342_HS1-416511228_319.1 Flying Discs 1949
Agency: Department of War
Incident date: 1/9/50
Page 59
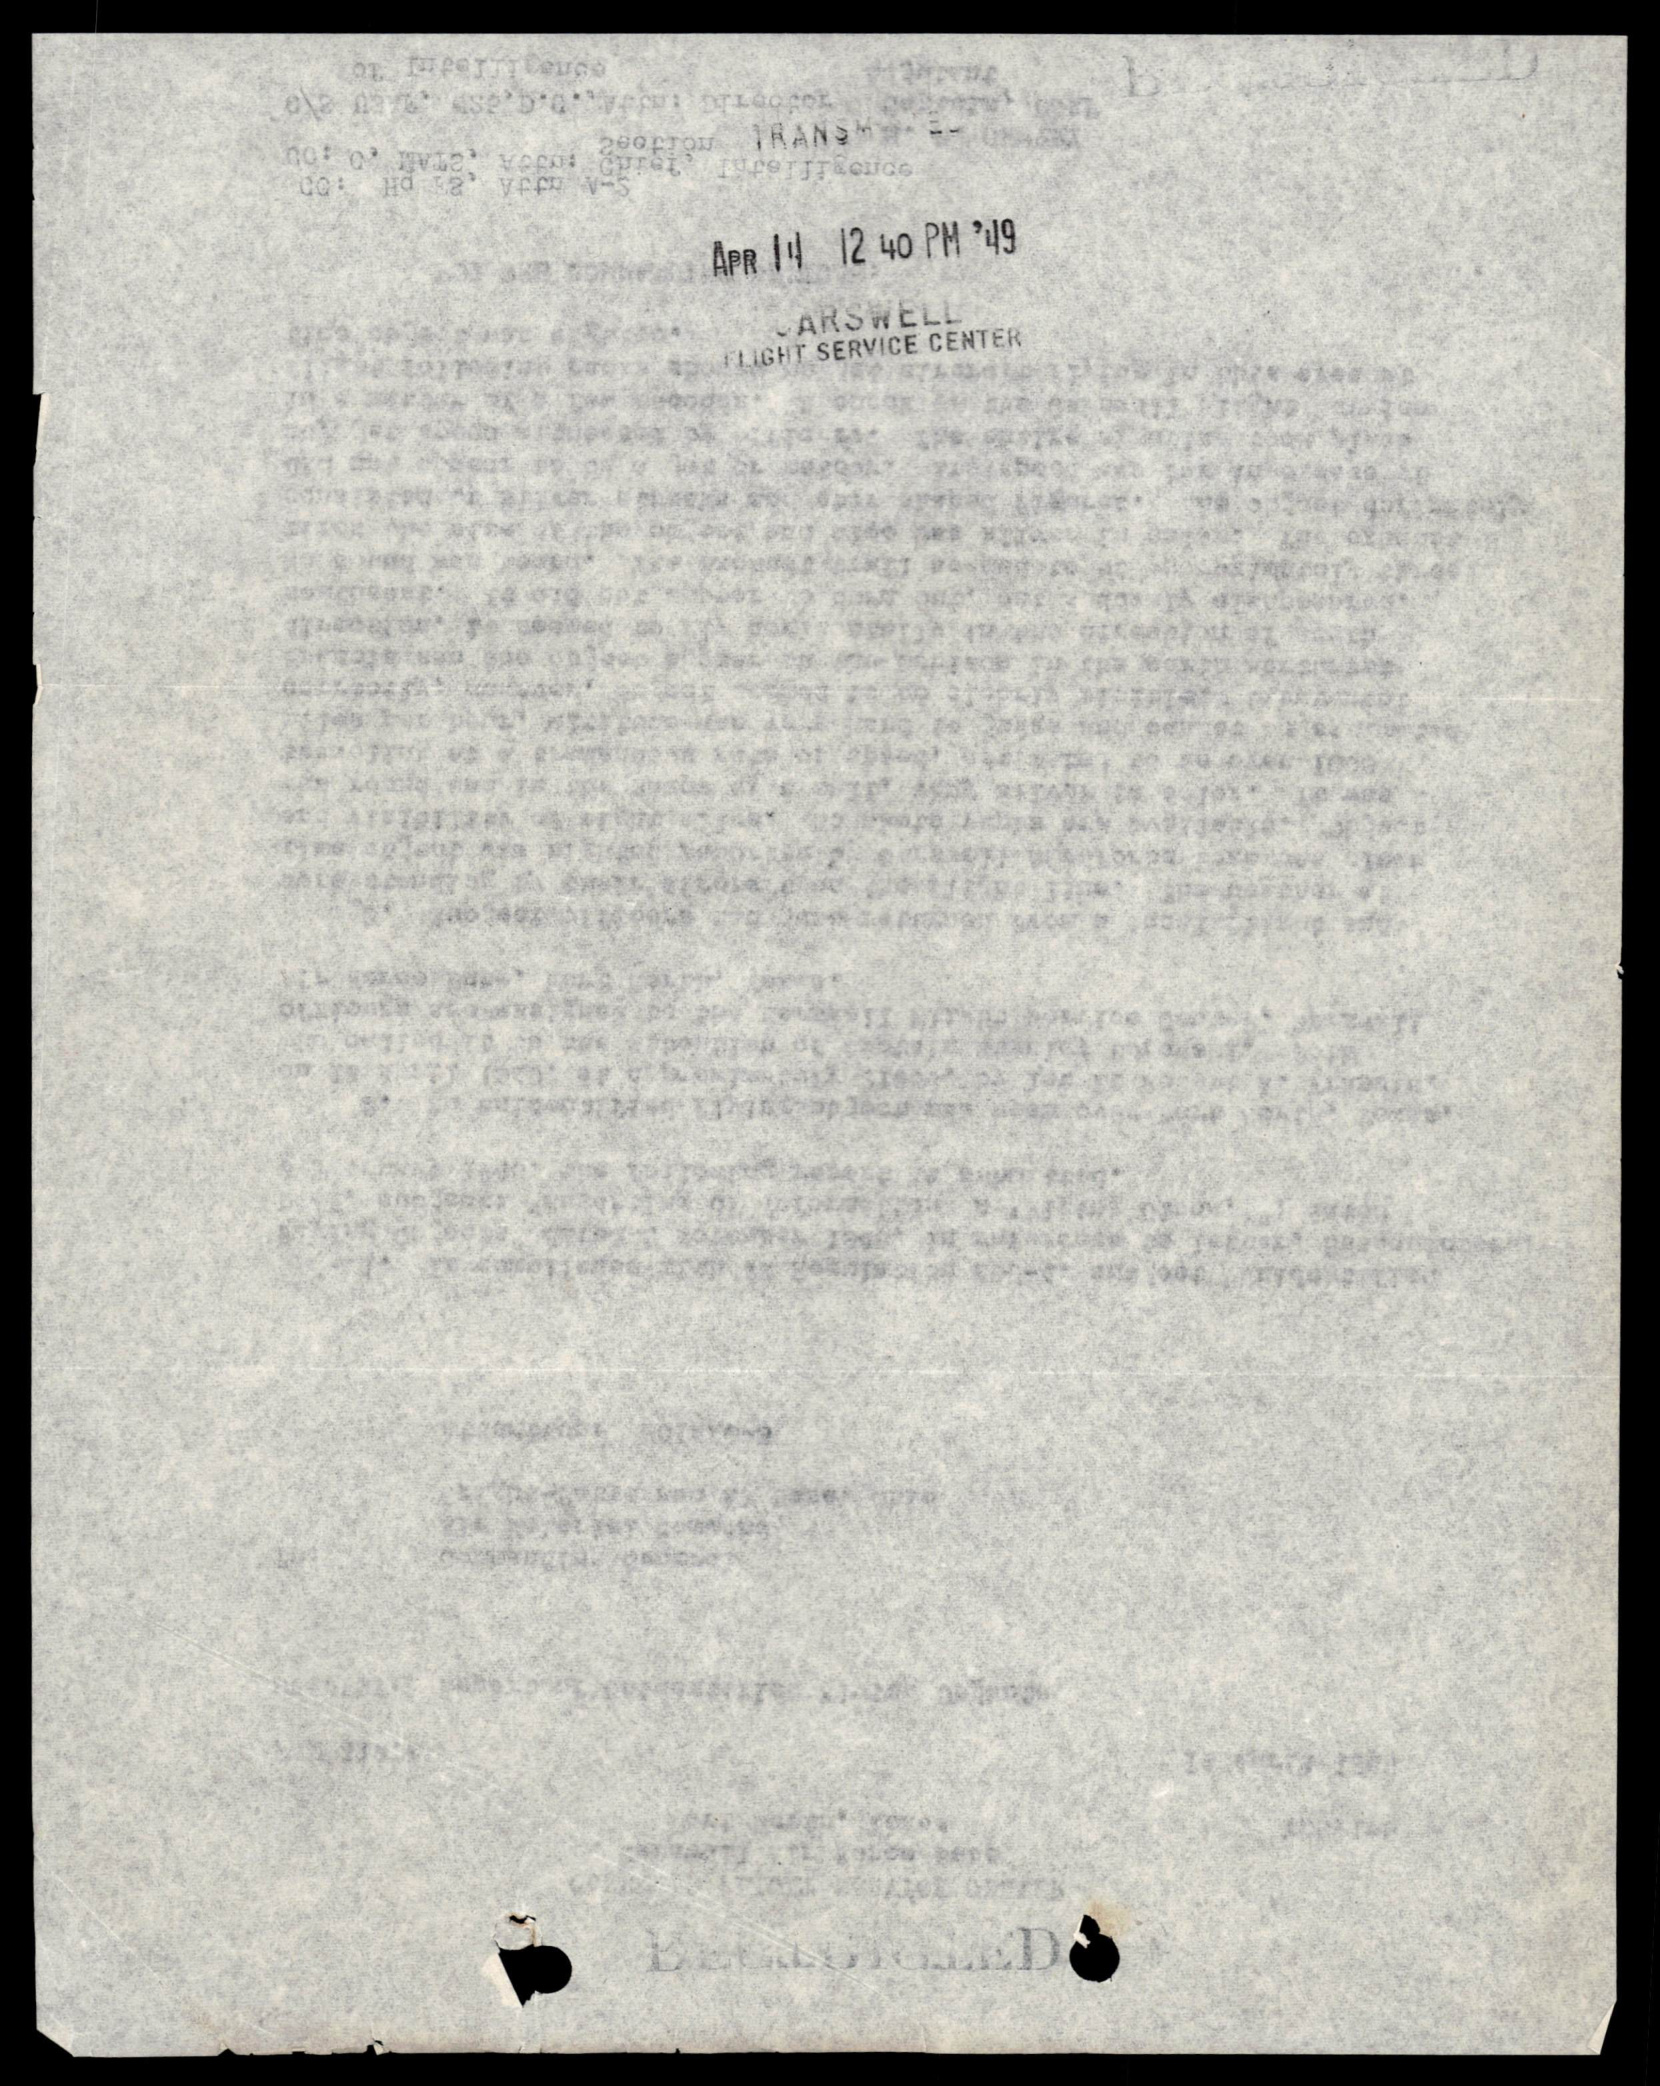